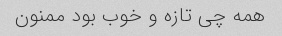
همه چی تازه و خوب بود ممنون